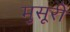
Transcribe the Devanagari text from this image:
मुसूरी